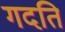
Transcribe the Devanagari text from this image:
गदति